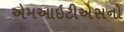
એમઆઇટીએસનો